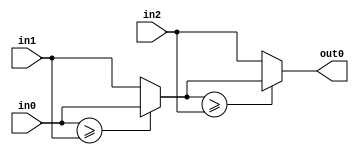
module velocityControlHdl_MinMax1
          (
           in0,
           in1,
           in2,
           out0
          );


  input   signed [17:0] in0;  // sfix18_En12
  input   signed [17:0] in1;  // sfix18_En12
  input   signed [17:0] in2;  // sfix18_En12
  output  signed [17:0] out0;  // sfix18_En12


  wire signed [17:0] MinMax1_muxout [0:2];  // sfix18_En12 [3]
  wire signed [17:0] MinMax1_stage1_val [0:1];  // sfix18_En12 [2]
  wire signed [17:0] MinMax1_stage2_val;  // sfix18_En12


  assign MinMax1_muxout[0] = in0;
  assign MinMax1_muxout[1] = in1;
  assign MinMax1_muxout[2] = in2;

  // ---- Tree max implementation ----
  // ---- Tree max stage 1 ----
  assign MinMax1_stage1_val[0] = (MinMax1_muxout[0] >= MinMax1_muxout[1] ? MinMax1_muxout[0] :
              MinMax1_muxout[1]);
  assign MinMax1_stage1_val[1] = MinMax1_muxout[2];



  // ---- Tree max stage 2 ----
  assign MinMax1_stage2_val = (MinMax1_stage1_val[0] >= MinMax1_stage1_val[1] ? MinMax1_stage1_val[0] :
              MinMax1_stage1_val[1]);



  assign out0 = MinMax1_stage2_val;

endmodule